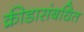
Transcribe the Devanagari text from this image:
क्रीडासंबधित